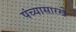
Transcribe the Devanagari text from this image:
पंच्यासारखे